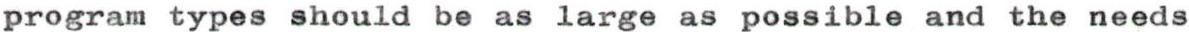
program types should be as large as possible and the needs